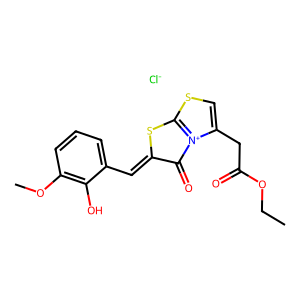
SMILES: CCOC(=O)Cc1csc2[n+]1C(=O)C(=Cc1cccc(OC)c1O)S2.[Cl-]
Inhibits HIV replication: No